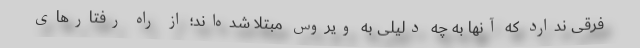
فرقی ندارد که آنها به چه دلیلی به ویروس مبتلا شده‌اند؛ از راه رفتارهای